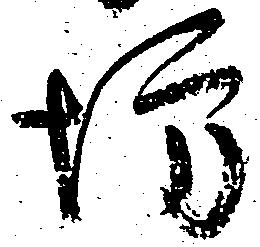
坊